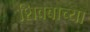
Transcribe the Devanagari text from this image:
शिवबाच्या